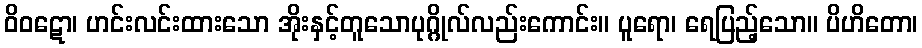
ဝိဝဋော၊ ဟင်းလင်းထားသော အိုးနှင့်တူသောပုဂ္ဂိုလ်လည်းကောင်း။ ပူရော၊ ရေပြည့်သော။ ပိဟိတော၊